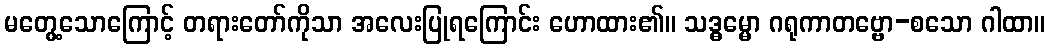
မတွေ့သောကြောင့် တရားတော်ကိုသာ အလေးပြုရကြောင်း ဟောထား၏။ သဒ္ဓမ္မော ဂရုကာတဗ္ဗော-စသော ဂါထာ။